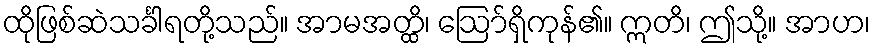
ထိုဖြစ်ဆဲသင်္ခါရတို့သည်။ အာမအတ္ထိ၊ ဩော်ရှိကုန်၏။ ဣတိ၊ ဤသို့။ အာဟ၊